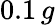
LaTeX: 0.1\, g